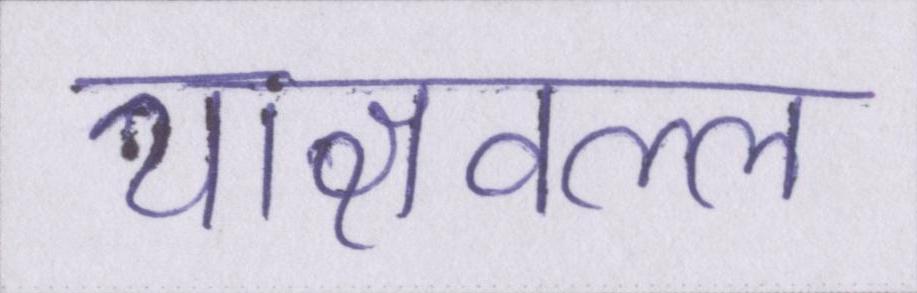
याज्ञवल्ल